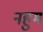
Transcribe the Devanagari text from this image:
नहुम